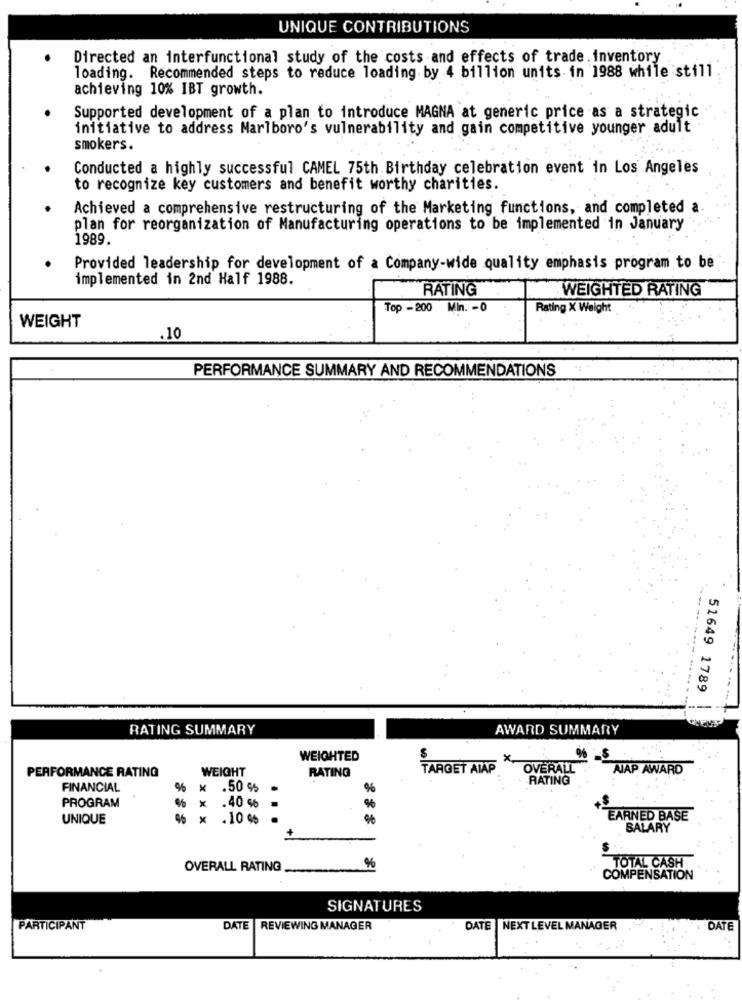
UNIQUE CONTRIBUTIONS
Directed an interfunctional study of the costs and effects of trade . inventory
loading. Recommended steps to reduce loading by 4 billion units. in 1988 while still
achieving 10% IBT growth.
Supported development of a plan to introduce MAGNA at generic price as a strategic
initiative to address Marlboro's vulnerability and gain competitive younger adult
smokers.
Conducted a highly successful CAMEL 75th Birthday celebration event in Los Angeles
to recognize key customers and benefit worthy charities.
Achieved a comprehensive restructuring of the Marketing functions, and completed a
plan for reorganization of Manufacturing operations to be implemented in January
1989.
Provided leadership for development of a Company-wide quality emphasis program to be
implemented in 2nd Half 1988.
RATING
WEIGHTED RATING
Top - 200 Min. - 0
Rating X Weight
WEIGHT
.10
PERFORMANCE SUMMARY AND RECOMMENDATIONS
----
.........
51649 1789
RATING SUMMARY
AWARD SUMMARY
WEIGHTED
x
%
PERFORMANCE RATING
WEIGHT
RATING
TARGET AIAP
OVERALL
AJAP AWARD
RATING
FINANCIAL
%
X
.50 %
%
PROGRAM
%
X
.40 %
%
UNIQUE
x
. 10 %
EARNED BASE
SALARY
+
TOTAL CASH
OVERALL RATING
COMPENSATION
SIGNATURES
PARTICIPANT
DATE REVIEWING MANAGER
DATE NEXT LEVEL MANAGER
DATE